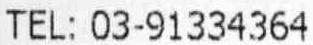
TEL: 03-91334364